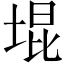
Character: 堒